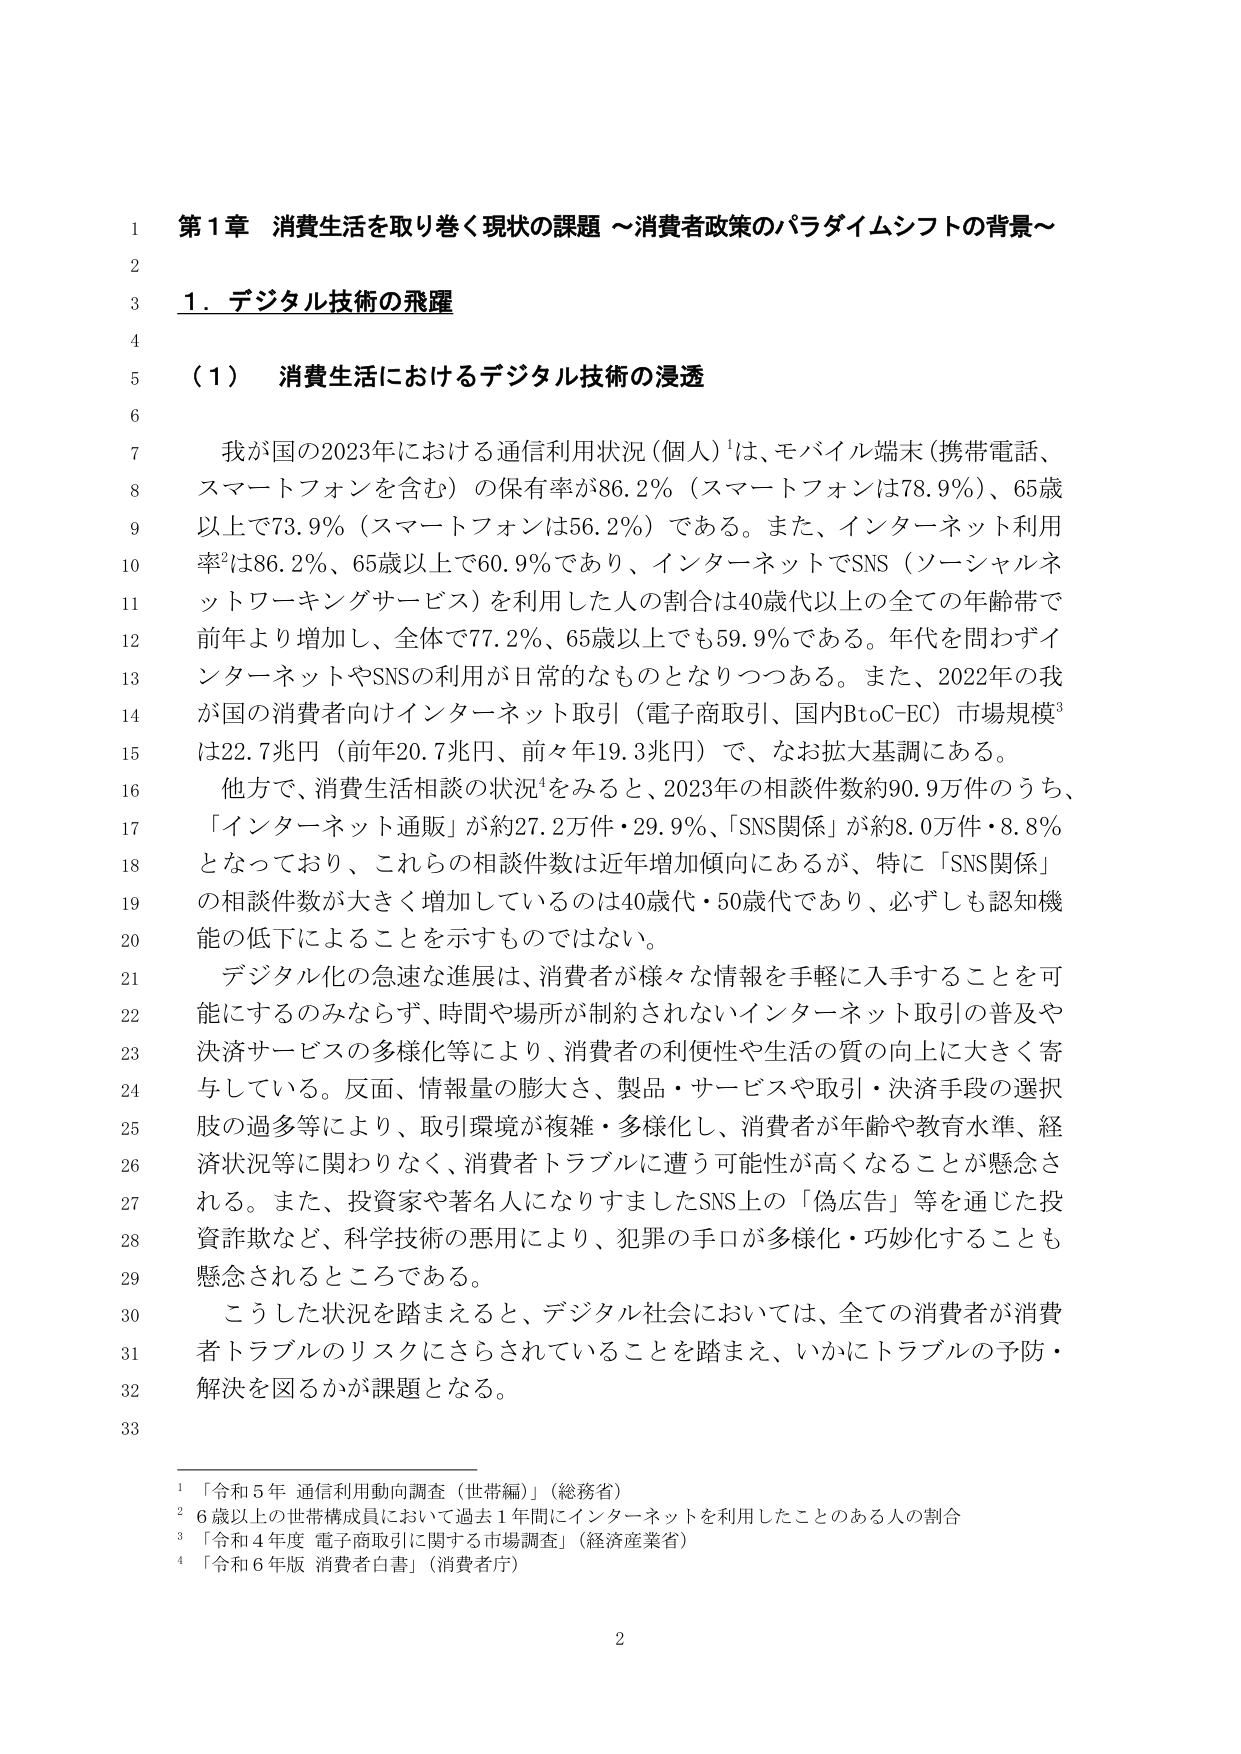
第1章 消費生活を取り巻く現状の課題 ～消費者政策のパラダイムシフトの背景～

1. デジタル技術の飛躍

（1） 消費生活におけるデジタル技術の浸透

我が国の2023年における通信利用状況（個人）¹は、モバイル端末（携帯電話、スマートフォンを含む）の保有率が86.2％（スマートフォンは78.9％）、65歳以上で73.9％（スマートフォンは56.2％）である。また、インターネット利用率²は86.2％、65歳以上で60.9％であり、インターネットでSNS（ソーシャルネットワーキングサービス）を利用した人の割合は40歳代以上の全ての年齢帯で前年より増加し、全体で77.2％、65歳以上でも59.9％である。年代を問わずインターネットやSNSの利用が日常的なものとなりつつある。また、2022年の我が国の消費者向けインターネット取引（電子商取引、国内BtoC-EC）市場規模³は22.7兆円（前年20.7兆円、前々年19.3兆円）で、なお拡大基調にある。

他方で、消費生活相談の状況⁴をみると、2023年の相談件数約90.9万件のうち、「インターネット通販」が約27.2万件・29.9％、「SNS関係」が約8.0万件・8.8％となっており、これらの相談件数は近年増加傾向にあるが、特に「SNS関係」の相談件数が大きく増加しているのは40歳代・50歳代であり、必ずしも認知機能の低下によることを示すものではない。

デジタル化の急速な進展は、消費者が様々な情報を手軽に入手することを可能にするのみならず、時間や場所が制約されないインターネット取引の普及や決済サービスの多様化等により、消費者の利便性や生活の質の向上に大きく寄与している。反面、情報量の膨大さ、製品・サービスや取引・決済手段の選択肢の過多等により、取引環境が複雑・多様化し、消費者が年齢や教育水準、経済状況等に関わりなく、消費者トラブルに遭う可能性が高くなることが懸念される。また、投資家や著名人になりすましたSNS上の「偽広告」等を通じた投資詐欺など、科学技術の悪用により、犯罪の手口が多様化・巧妙化することも懸念されるところである。

こうした状況を踏まえると、デジタル社会においては、全ての消費者が消費者トラブルのリスクにさらされていることを踏まえ、いかにトラブルの予防・解決を図るかが課題となる。

¹ 「令和5年 通信利用動向調査（世帯編）」（総務省）
² 6歳以上の世帯構成員において過去1年間にインターネットを利用したことのある人の割合
³ 「令和4年度 電子商取引に関する市場調査」（経済産業省）
⁴ 「令和6年版 消費者白書」（消費者庁）

2